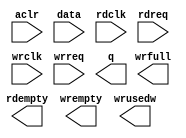
module fifo_57x64 (
	aclr,
	data,
	rdclk,
	rdreq,
	wrclk,
	wrreq,
	q,
	rdempty,
	wrempty,
	wrfull,
	wrusedw);

	input	  aclr;
	input	[56:0]  data;
	input	  rdclk;
	input	  rdreq;
	input	  wrclk;
	input	  wrreq;
	output	[56:0]  q;
	output	  rdempty;
	output	  wrempty;
	output	  wrfull;
	output	[5:0]  wrusedw;
`ifndef ALTERA_RESERVED_QIS
// synopsys translate_off
`endif
	tri0	  aclr;
`ifndef ALTERA_RESERVED_QIS
// synopsys translate_on
`endif

endmodule